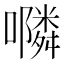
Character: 𭌇